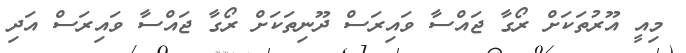
މިއީ އޫރުތަކަށް ރޯގާ ޖައްސާ ވައިރަސް ދޫނިތަކަށް ރޯގާ ޖައްސާ ވައިރަސް އަދި